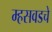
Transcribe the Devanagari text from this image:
म्हसवडचे